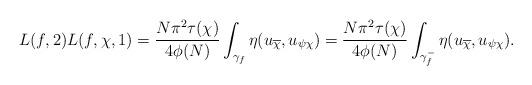
LaTeX: \begin{align*}L(f,2) L(f,\chi,1) = \frac{N \pi^2 \tau(\chi)}{4 \phi(N)} \int_{\gamma_f} \eta(u_{\overline{\chi}},u_{\psi\chi}) = \frac{N \pi^2 \tau(\chi)}{4 \phi(N)} \int_{\gamma_f^-} \eta(u_{\overline{\chi}},u_{\psi\chi}).\end{align*}